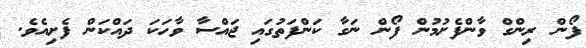
ފޯން ރިންގް ވާންފެށުމުން ފޯން ނަގާ ކަންފަތުގައި ޖައްސާ ވާހަކަ ދައްކަން ފެށިއެވެ.